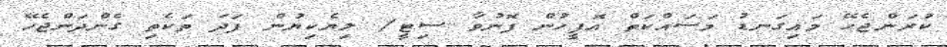
ކުރަންޖެހޭ މައިގަނޑު މަސައްކަތް އޮފީހުން ފޮނުވާ ސިޓީ/ ލިޔެކިޔުން ފަދަ ތަކެތި ގެންދަންޖެހޭ